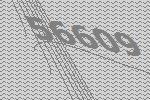
56609